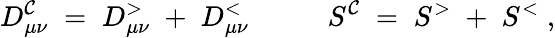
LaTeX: D_{\mu\nu}^{\mathcal{C}}\; =\; D_{\mu\nu}^{>}\; +\; D_{\mu\nu}^{<}\; \; \; \; \; \; \; \; \; \; S^{\mathcal{C}}\; =\; S^{>}\; +\; S^{<}\; ,